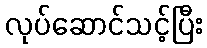
လုပ်ဆောင်သင့်ပြီး